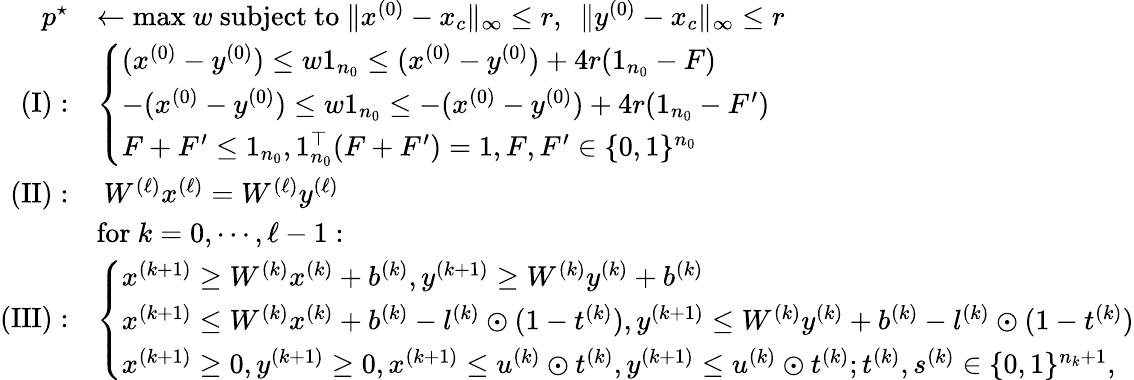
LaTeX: \begin{array}{rl}{p^{\star}}&{\leftarrow\mathrm{max}\ w\mathrm{~subject~to~}\| x^{(0)}-x_{c}\| _{\infty}\leq r,\ \ \mathrm\| y^{(0)}-x_{c}\| _{\infty}\leq r}\\ {\mathrm{(I)}:}&{\left\{ \begin{array}{ll}{(x^{(0)}-y^{(0)})\leq w\mathrm{1}_{n_{0}}\leq(x^{(0)}-y^{(0)})+4r(\mathrm{1}_{n_{0}}-F)}\\ {-(x^{(0)}-y^{(0)})\leq w\mathrm{1}_{n_{0}}\leq-(x^{(0)}-y^{(0)})+4r(\mathrm{1}_{n_{0}}-F^{\prime})}\\ {F+F^{\prime}\leq\mathrm{1}_{n_{0}},\mathrm{1}_{n_{0}}^{\top}(F+F^{\prime})=1,F,F^{\prime}\in\{ 0,1\} ^{n_{0}}}\end{array}\right.}\\ {\mathrm{(II)}:}&{\ W^{(\ell)}x^{(\ell)}=W^{(\ell)}y^{(\ell)}}\\ &{\mathrm{for~}k=0,\cdots,\ell-1:}\\ {\mathrm{(III)}:}&{\left\{ \begin{array}{ll}{x^{(k+1)}\geq W^{(k)}x^{(k)}+b^{(k)},y^{(k+1)}\geq W^{(k)}y^{(k)}+b^{(k)}}\\ {x^{(k+1)}\leq W^{(k)}x^{(k)}+b^{(k)}-l^{(k)}\odot(1-t^{(k)}),y^{(k+1)}\leq W^{(k)}y^{(k)}+b^{(k)}-l^{(k)}\odot(1-t^{(k)})}\\ {x^{(k+1)}\geq 0,y^{(k+1)}\geq 0,x^{(k+1)}\leq u^{(k)}\odot t^{(k)},y^{(k+1)}\leq u^{(k)}\odot t^{(k)};t^{(k)},s^{(k)}\in\{ 0,1\} ^{n_{k}+1},}\end{array}\right.}\end{array}